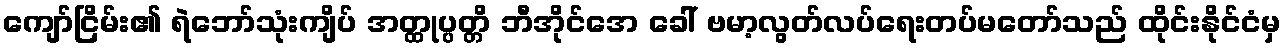
ကျော်ငြိမ်း၏ ရဲဘော်သုံးကျိပ် အတ္ထုပ္ပတ္တိ ဘီအိုင်အေ ခေါ် ဗမာ့လွတ်လပ်ရေးတပ်မတော်သည် ထိုင်းနိုင်ငံမှ